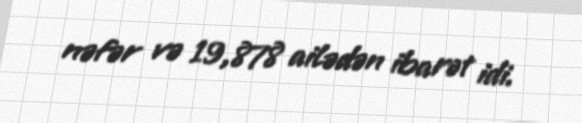
nəfər və 19,878 ailədən ibarət idi.